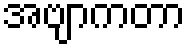
အဗျာကတာ